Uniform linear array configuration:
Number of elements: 16
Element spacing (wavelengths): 0.75
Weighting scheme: hann
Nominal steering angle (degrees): -60
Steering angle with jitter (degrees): -58.065
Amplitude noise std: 0.05
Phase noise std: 0.05

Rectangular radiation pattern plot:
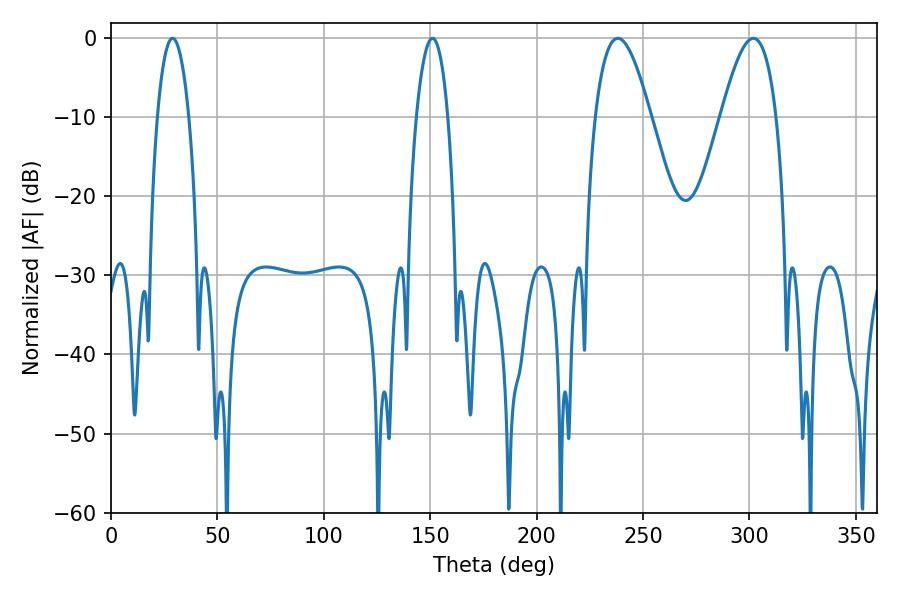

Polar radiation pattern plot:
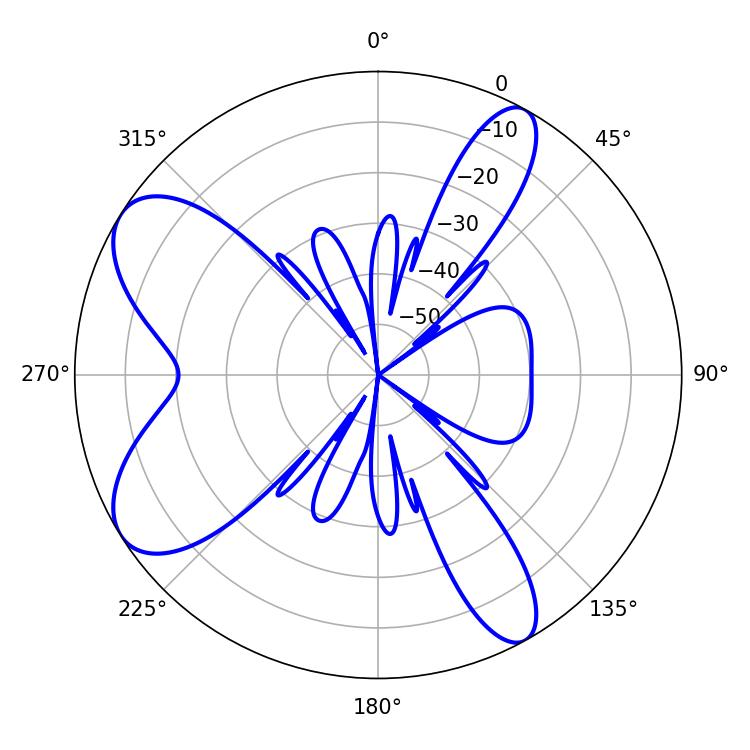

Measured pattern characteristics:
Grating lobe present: TRUE
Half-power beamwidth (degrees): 14.22
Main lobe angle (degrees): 301.86